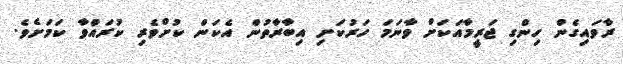
ރާވައިގެން ހިންގި ޖަރީމާއަކަށް ވާނަމަ ހަރުކަށި އިބާރާތުން އެކަން ކުށްވެރި ކުރައްވާ ކަމަށެވެ.